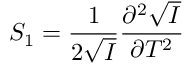
S _ { 1 } = \frac { 1 } { 2 \sqrt { I } } \frac { \partial ^ { 2 } \sqrt { I } } { \partial T ^ { 2 } }